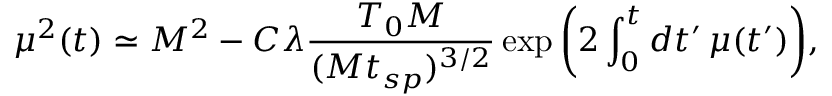
\mu ^ { 2 } ( t ) \simeq M ^ { 2 } - C \lambda \frac { T _ { 0 } M } { ( M t _ { s p } ) ^ { 3 / 2 } } \exp \bigg ( 2 \int _ { 0 } ^ { t } d t ^ { \prime } \, \mu ( t ^ { \prime } ) \bigg ) ,